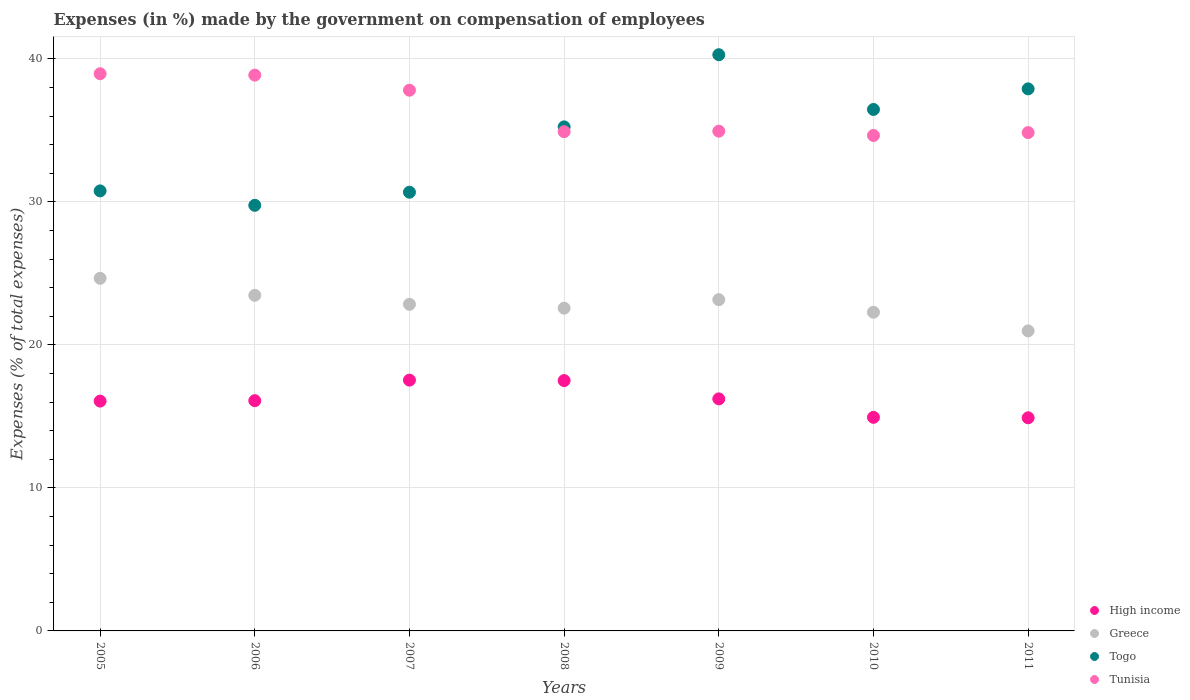
| Years | High income | Greece | Togo | Tunisia |
 | --- | --- | --- | --- | --- |
 | 2005 | 16.1 | 24.7 | 30.8 | 39 |
 | 2006 | 16.1 | 23.5 | 29.8 | 38.9 |
 | 2007 | 17.5 | 22.8 | 30.7 | 37.8 |
 | 2008 | 17.5 | 22.6 | 35.2 | 34.9 |
 | 2009 | 16.2 | 23.2 | 40.3 | 34.9 |
 | 2010 | 14.9 | 22.3 | 36.5 | 34.6 |
 | 2011 | 14.9 | 21 | 37.9 | 34.8 |